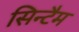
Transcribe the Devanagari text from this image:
सिन्टैम